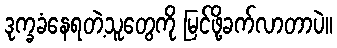
ဒုက္ခခံနေရတဲ့သူတွေကို မြင်ဖို့ခက်လာတာပဲ။